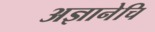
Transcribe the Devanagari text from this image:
अज्ञानेचि